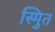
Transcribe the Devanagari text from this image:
स्मुित